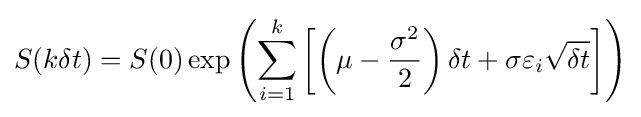
S(k\delta t)=S(0)\exp \left(\sum _{i=1}^{k}\left[\left(\mu -{\frac {\sigma ^{2}}{2}}\right)\delta t+\sigma \varepsilon _{i}{\sqrt {\delta t}}\right]\right)